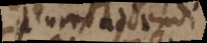
_